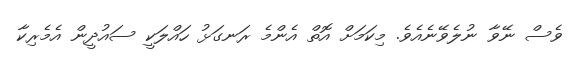
ވެސް ނޭވާ ނުލެވޭނެއެވެ. މިކަމަށް އޮތް އެންމެ ރަނގަޅު ހައްލަކީ ސައުދީން އެމެރިކާ